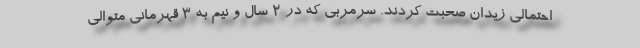
احتمالی زیدان صحبت کردند. سرمربی که در 2 سال و نیم به 3 قهرمانی متوالی